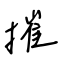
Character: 摧